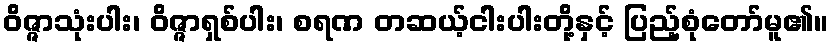
ဝိဇ္ဇာသုံးပါး၊ ဝိဇ္ဇာရှစ်ပါး၊ စရဏ တဆယ့်ငါးပါးတို့နှင့် ပြည့်စုံတော်မူ၏။